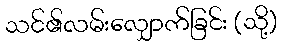
သင်၏လမ်းလျှောက်ခြင်း (သို့)